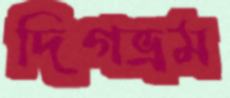
দিগভ্রম